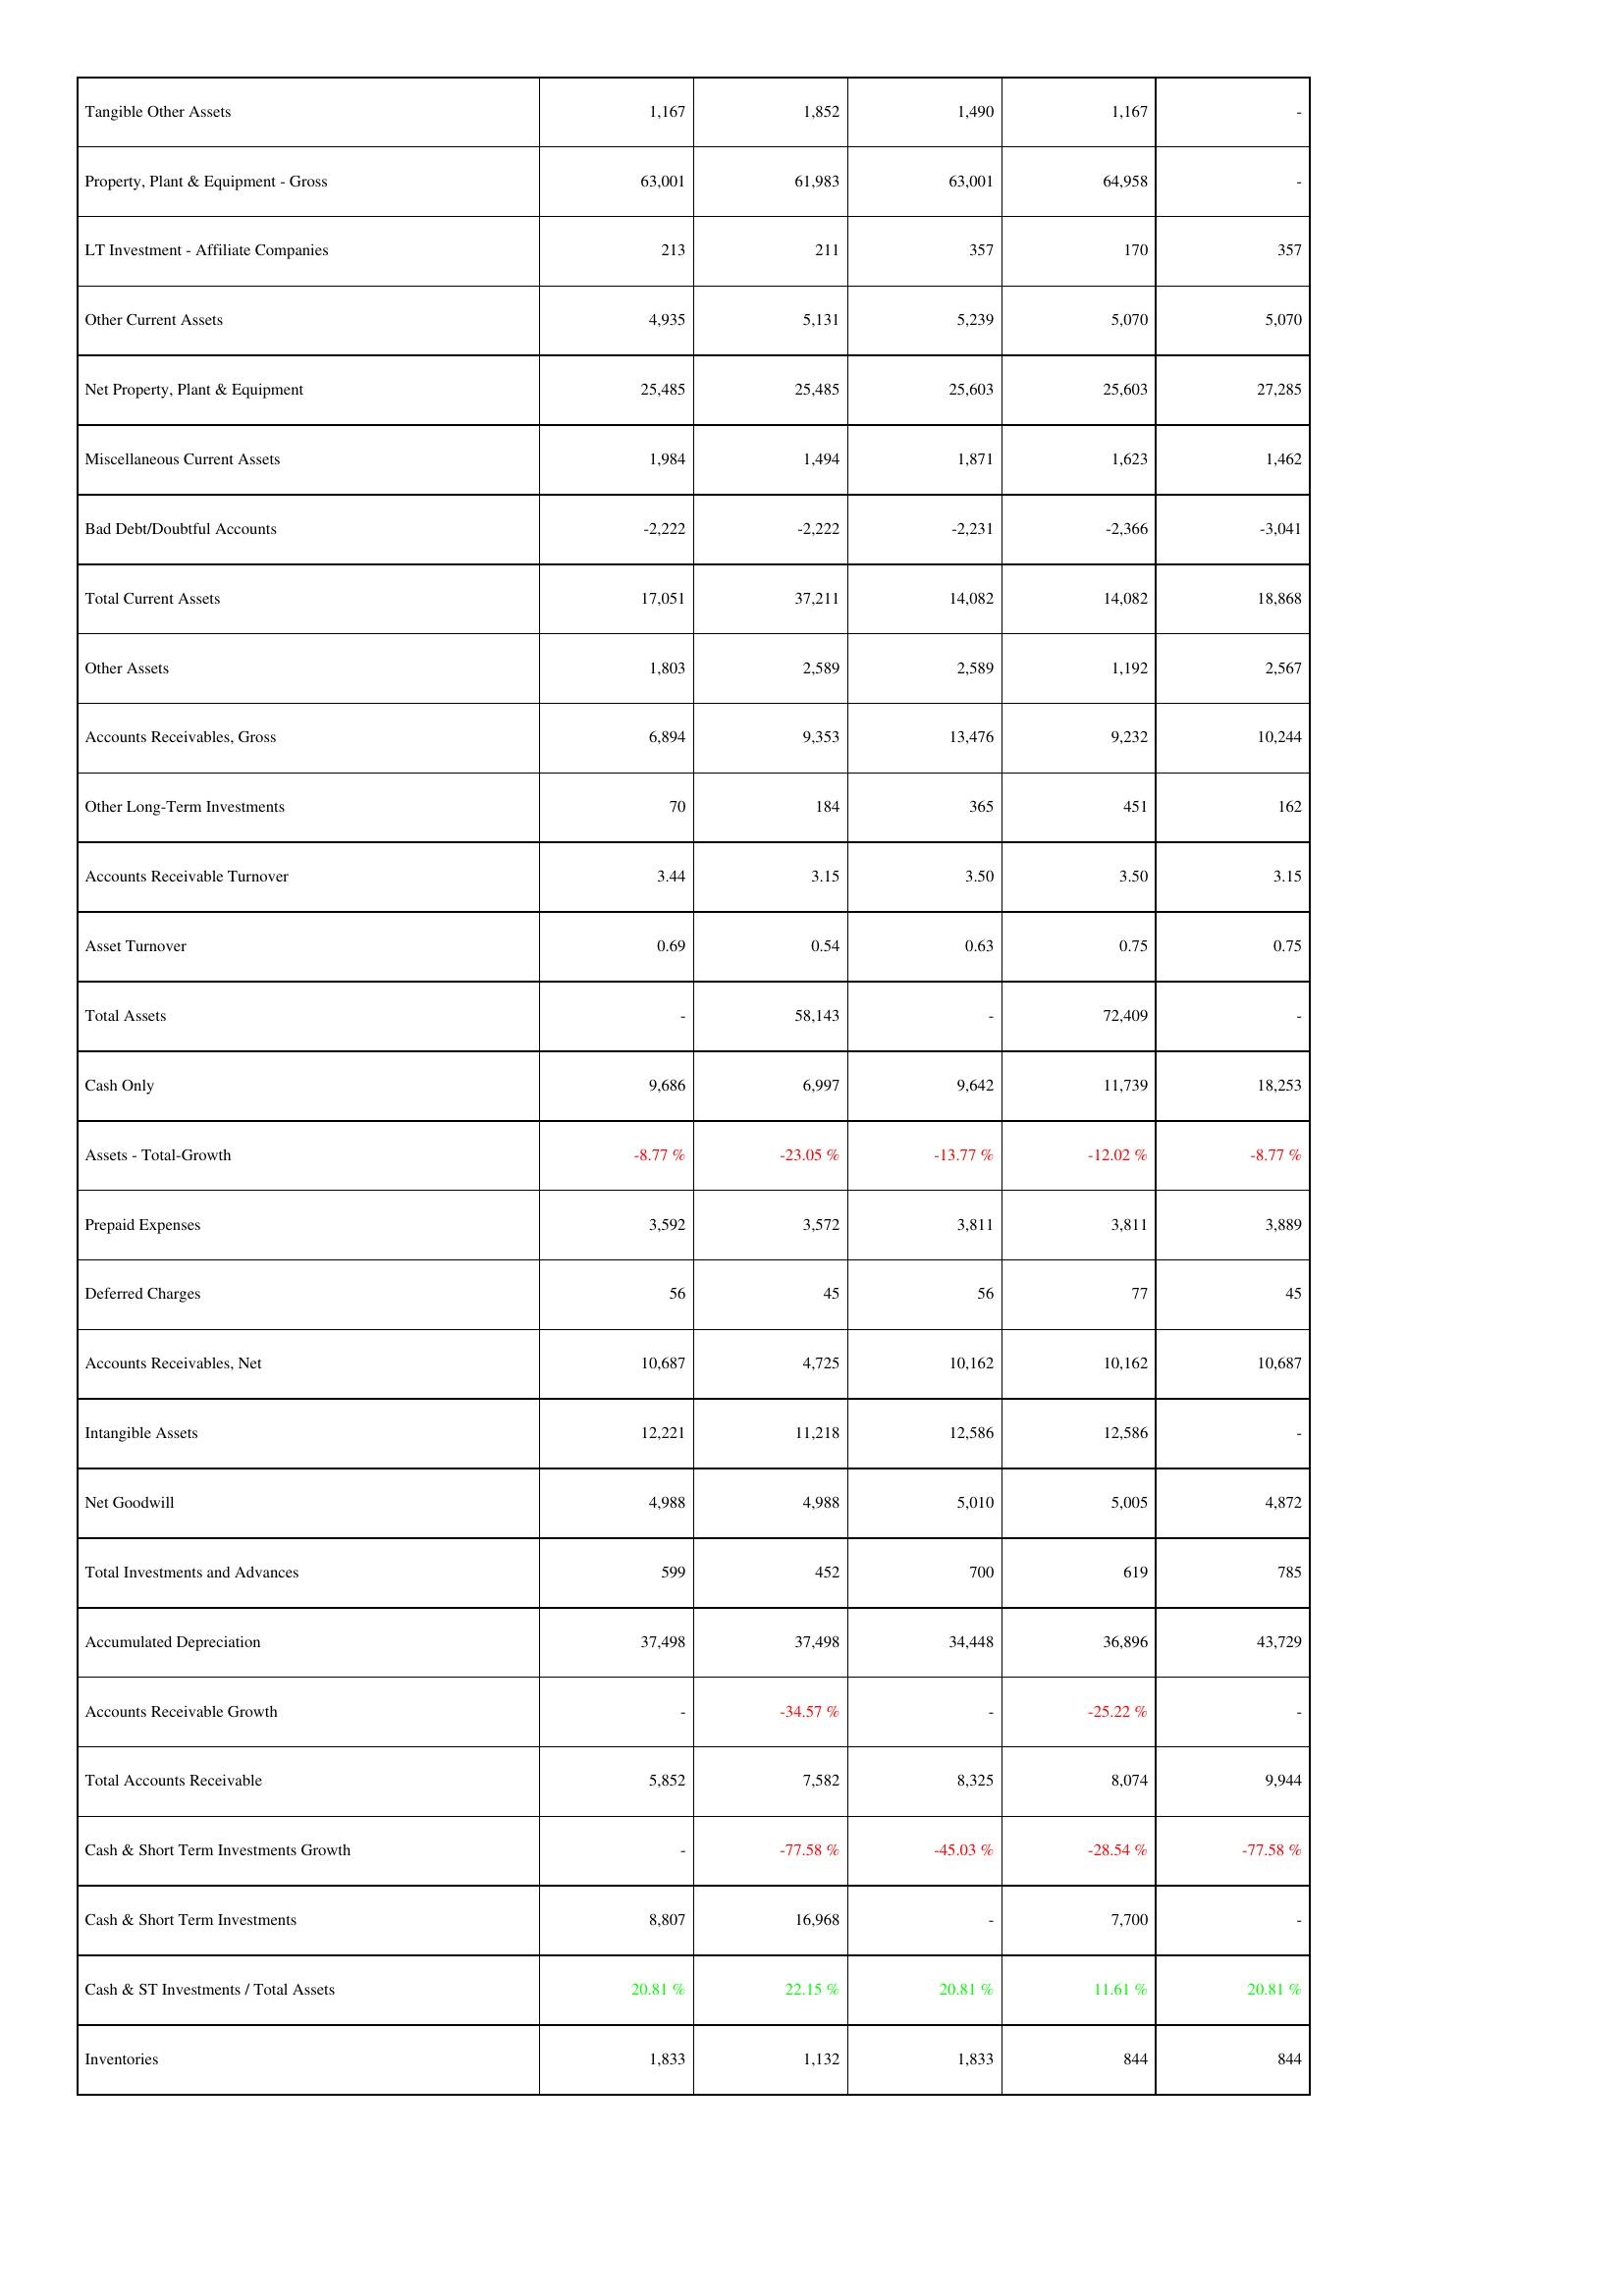
2021: Assets: Tangible Other Assets: 1,167
Property, Plant & Equipment - Gross: 63,001
LT Investment - Affiliate Companies: 213
Other Current Assets: 4,935
Net Property, Plant & Equipment: 25,485
Miscellaneous Current Assets: 1,984
Bad Debt/Doubtful Accounts: -2,222
Total Current Assets: 17,051
Other Assets: 1,803
Accounts Receivables, Gross: 6,894
Other Long-Term Investments: 70
Accounts Receivable Turnover: 3.44
Asset Turnover: 0.69
Total Assets: -
Cash Only: 9,686
Assets - Total-Growth: -8.77 %
Prepaid Expenses: 3,592
Deferred Charges: 56
Accounts Receivables, Net: 10,687
Intangible Assets: 12,221
Net Goodwill: 4,988
Total Investments and Advances: 599
Accumulated Depreciation: 37,498
Accounts Receivable Growth: -
Total Accounts Receivable: 5,852
Cash & Short Term Investments Growth: -
Cash & Short Term Investments: 8,807
Cash & ST Investments / Total Assets: 20.81 %
Inventories: 1,833
2022: Assets: Tangible Other Assets: 1,852
Property, Plant & Equipment - Gross: 61,983
LT Investment - Affiliate Companies: 211
Other Current Assets: 5,131
Net Property, Plant & Equipment: 25,485
Miscellaneous Current Assets: 1,494
Bad Debt/Doubtful Accounts: -2,222
Total Current Assets: 37,211
Other Assets: 2,589
Accounts Receivables, Gross: 9,353
Other Long-Term Investments: 184
Accounts Receivable Turnover: 3.15
Asset Turnover: 0.54
Total Assets: 58,143
Cash Only: 6,997
Assets - Total-Growth: -23.05 %
Prepaid Expenses: 3,572
Deferred Charges: 45
Accounts Receivables, Net: 4,725
Intangible Assets: 11,218
Net Goodwill: 4,988
Total Investments and Advances: 452
Accumulated Depreciation: 37,498
Accounts Receivable Growth: -34.57 %
Total Accounts Receivable: 7,582
Cash & Short Term Investments Growth: -77.58 %
Cash & Short Term Investments: 16,968
Cash & ST Investments / Total Assets: 22.15 %
Inventories: 1,132
2023: Assets: Tangible Other Assets: 1,490
Property, Plant & Equipment - Gross: 63,001
LT Investment - Affiliate Companies: 357
Other Current Assets: 5,239
Net Property, Plant & Equipment: 25,603
Miscellaneous Current Assets: 1,871
Bad Debt/Doubtful Accounts: -2,231
Total Current Assets: 14,082
Other Assets: 2,589
Accounts Receivables, Gross: 13,476
Other Long-Term Investments: 365
Accounts Receivable Turnover: 3.50
Asset Turnover: 0.63
Total Assets: -
Cash Only: 9,642
Assets - Total-Growth: -13.77 %
Prepaid Expenses: 3,811
Deferred Charges: 56
Accounts Receivables, Net: 10,162
Intangible Assets: 12,586
Net Goodwill: 5,010
Total Investments and Advances: 700
Accumulated Depreciation: 34,448
Accounts Receivable Growth: -
Total Accounts Receivable: 8,325
Cash & Short Term Investments Growth: -45.03 %
Cash & Short Term Investments: -
Cash & ST Investments / Total Assets: 20.81 %
Inventories: 1,833
2024: Assets: Tangible Other Assets: 1,167
Property, Plant & Equipment - Gross: 64,958
LT Investment - Affiliate Companies: 170
Other Current Assets: 5,070
Net Property, Plant & Equipment: 25,603
Miscellaneous Current Assets: 1,623
Bad Debt/Doubtful Accounts: -2,366
Total Current Assets: 14,082
Other Assets: 1,192
Accounts Receivables, Gross: 9,232
Other Long-Term Investments: 451
Accounts Receivable Turnover: 3.50
Asset Turnover: 0.75
Total Assets: 72,409
Cash Only: 11,739
Assets - Total-Growth: -12.02 %
Prepaid Expenses: 3,811
Deferred Charges: 77
Accounts Receivables, Net: 10,162
Intangible Assets: 12,586
Net Goodwill: 5,005
Total Investments and Advances: 619
Accumulated Depreciation: 36,896
Accounts Receivable Growth: -25.22 %
Total Accounts Receivable: 8,074
Cash & Short Term Investments Growth: -28.54 %
Cash & Short Term Investments: 7,700
Cash & ST Investments / Total Assets: 11.61 %
Inventories: 844
2025: Assets: Tangible Other Assets: -
Property, Plant & Equipment - Gross: -
LT Investment - Affiliate Companies: 357
Other Current Assets: 5,070
Net Property, Plant & Equipment: 27,285
Miscellaneous Current Assets: 1,462
Bad Debt/Doubtful Accounts: -3,041
Total Current Assets: 18,868
Other Assets: 2,567
Accounts Receivables, Gross: 10,244
Other Long-Term Investments: 162
Accounts Receivable Turnover: 3.15
Asset Turnover: 0.75
Total Assets: -
Cash Only: 18,253
Assets - Total-Growth: -8.77 %
Prepaid Expenses: 3,889
Deferred Charges: 45
Accounts Receivables, Net: 10,687
Intangible Assets: -
Net Goodwill: 4,872
Total Investments and Advances: 785
Accumulated Depreciation: 43,729
Accounts Receivable Growth: -
Total Accounts Receivable: 9,944
Cash & Short Term Investments Growth: -77.58 %
Cash & Short Term Investments: -
Cash & ST Investments / Total Assets: 20.81 %
Inventories: 844